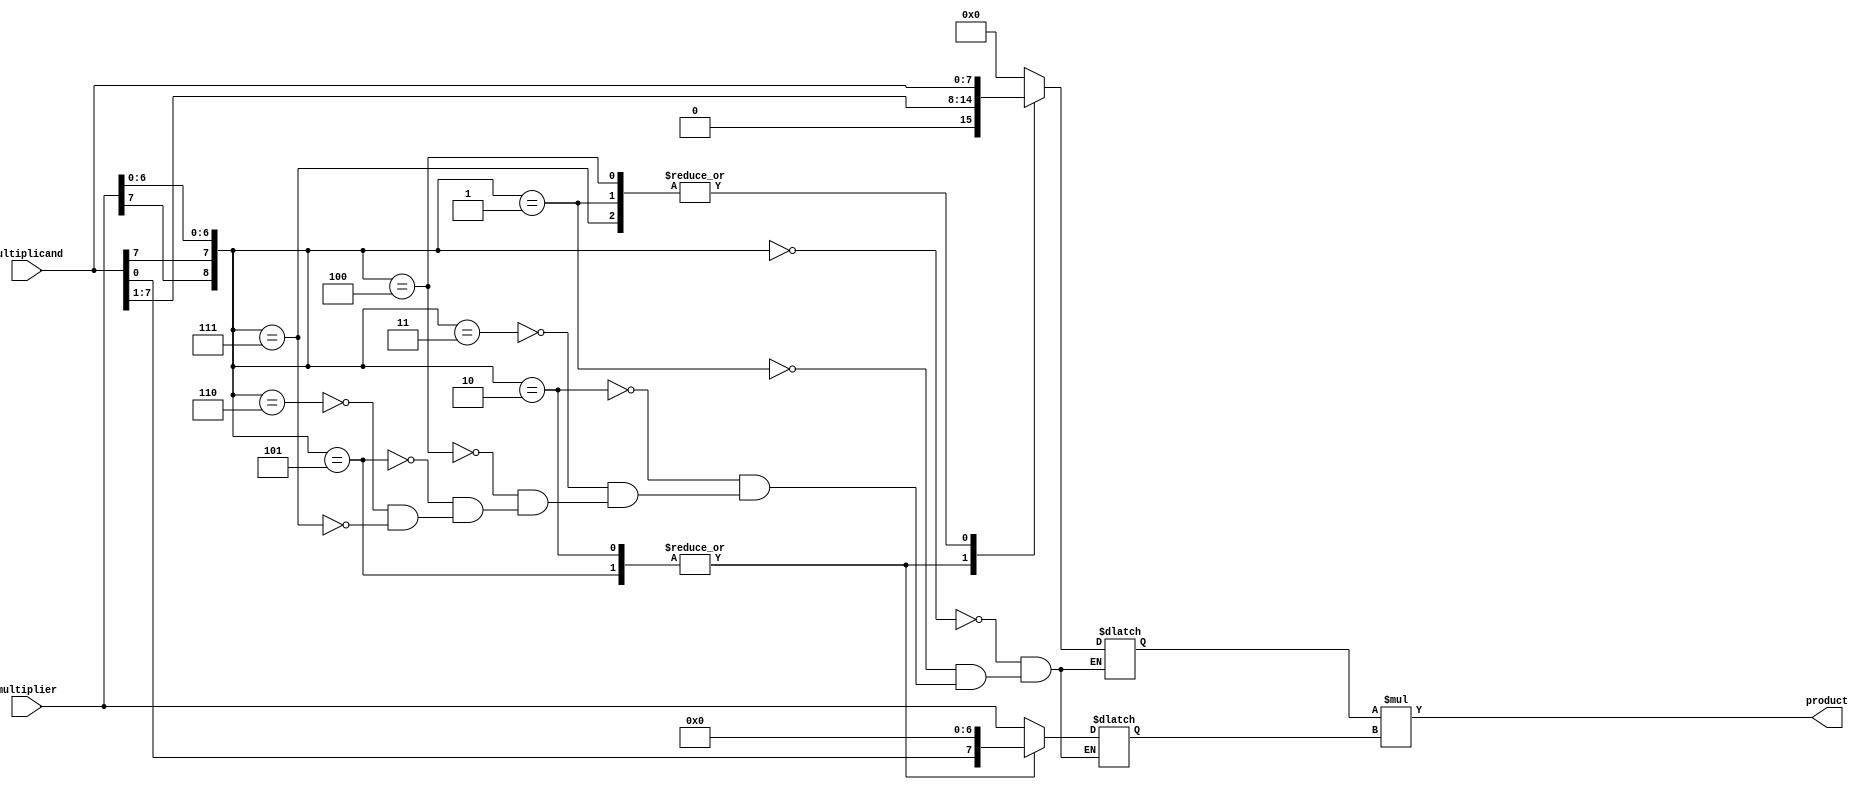
module booth_multiplier (
    input wire [7:0] multiplicand,
    input wire [7:0] multiplier,
    output reg [15:0] product
);

reg [7:0] multiplicand_booth;
reg [7:0] multiplier_booth;

// Booth Encoder
always @ (multiplicand, multiplier)
begin
    case ({multiplier[7], multiplicand[7], multiplier[6:0]})
        3'b000 : {multiplicand_booth, multiplier_booth} = {7'b00, multiplier};
        3'b001 : {multiplicand_booth, multiplier_booth} = {multiplicand, multiplier};
        3'b010 : {multiplicand_booth, multiplier_booth} = {multiplicand, 7'b00};
        3'b011 : {multiplicand_booth, multiplier_booth} = {7'b00, multiplier};
        3'b100 : {multiplicand_booth, multiplier_booth} = {multiplicand, multiplier};
        3'b101 : {multiplicand_booth, multiplier_booth} = {multiplicand, 7'b00};
        3'b110 : {multiplicand_booth, multiplier_booth} = {7'b00, multiplier};
        3'b111 : {multiplicand_booth, multiplier_booth} = {multiplicand, multiplier};
    endcase
end

// Partial Product Generator
reg [15:0] partial_product;
always @ (multiplicand_booth, multiplier_booth)
begin
    partial_product = multiplicand_booth * multiplier_booth;
end

// Final Product Calculation
always @ (partial_product)
begin
    product = partial_product;
end

endmodule